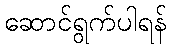
ဆောင်ရွက်ပါရန်